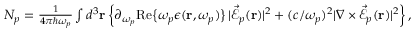
\begin{array} { r } { N _ { p } = \frac { 1 } { 4 \pi \hbar \omega _ { p } } \int d ^ { 3 } { \bf r } \left\{ \partial _ { \omega _ { p } } \mathrm { R e } \big \{ \omega _ { p } \epsilon ( { \bf r } , \omega _ { p } ) \big \} \, | \vec { \mathcal { E } } _ { p } ( { \bf r } ) | ^ { 2 } + ( c / \omega _ { p } ) ^ { 2 } | \nabla \times \vec { \mathcal { E } } _ { p } ( { \bf r } ) | ^ { 2 } \right\} , } \end{array}